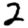
Digit: 2